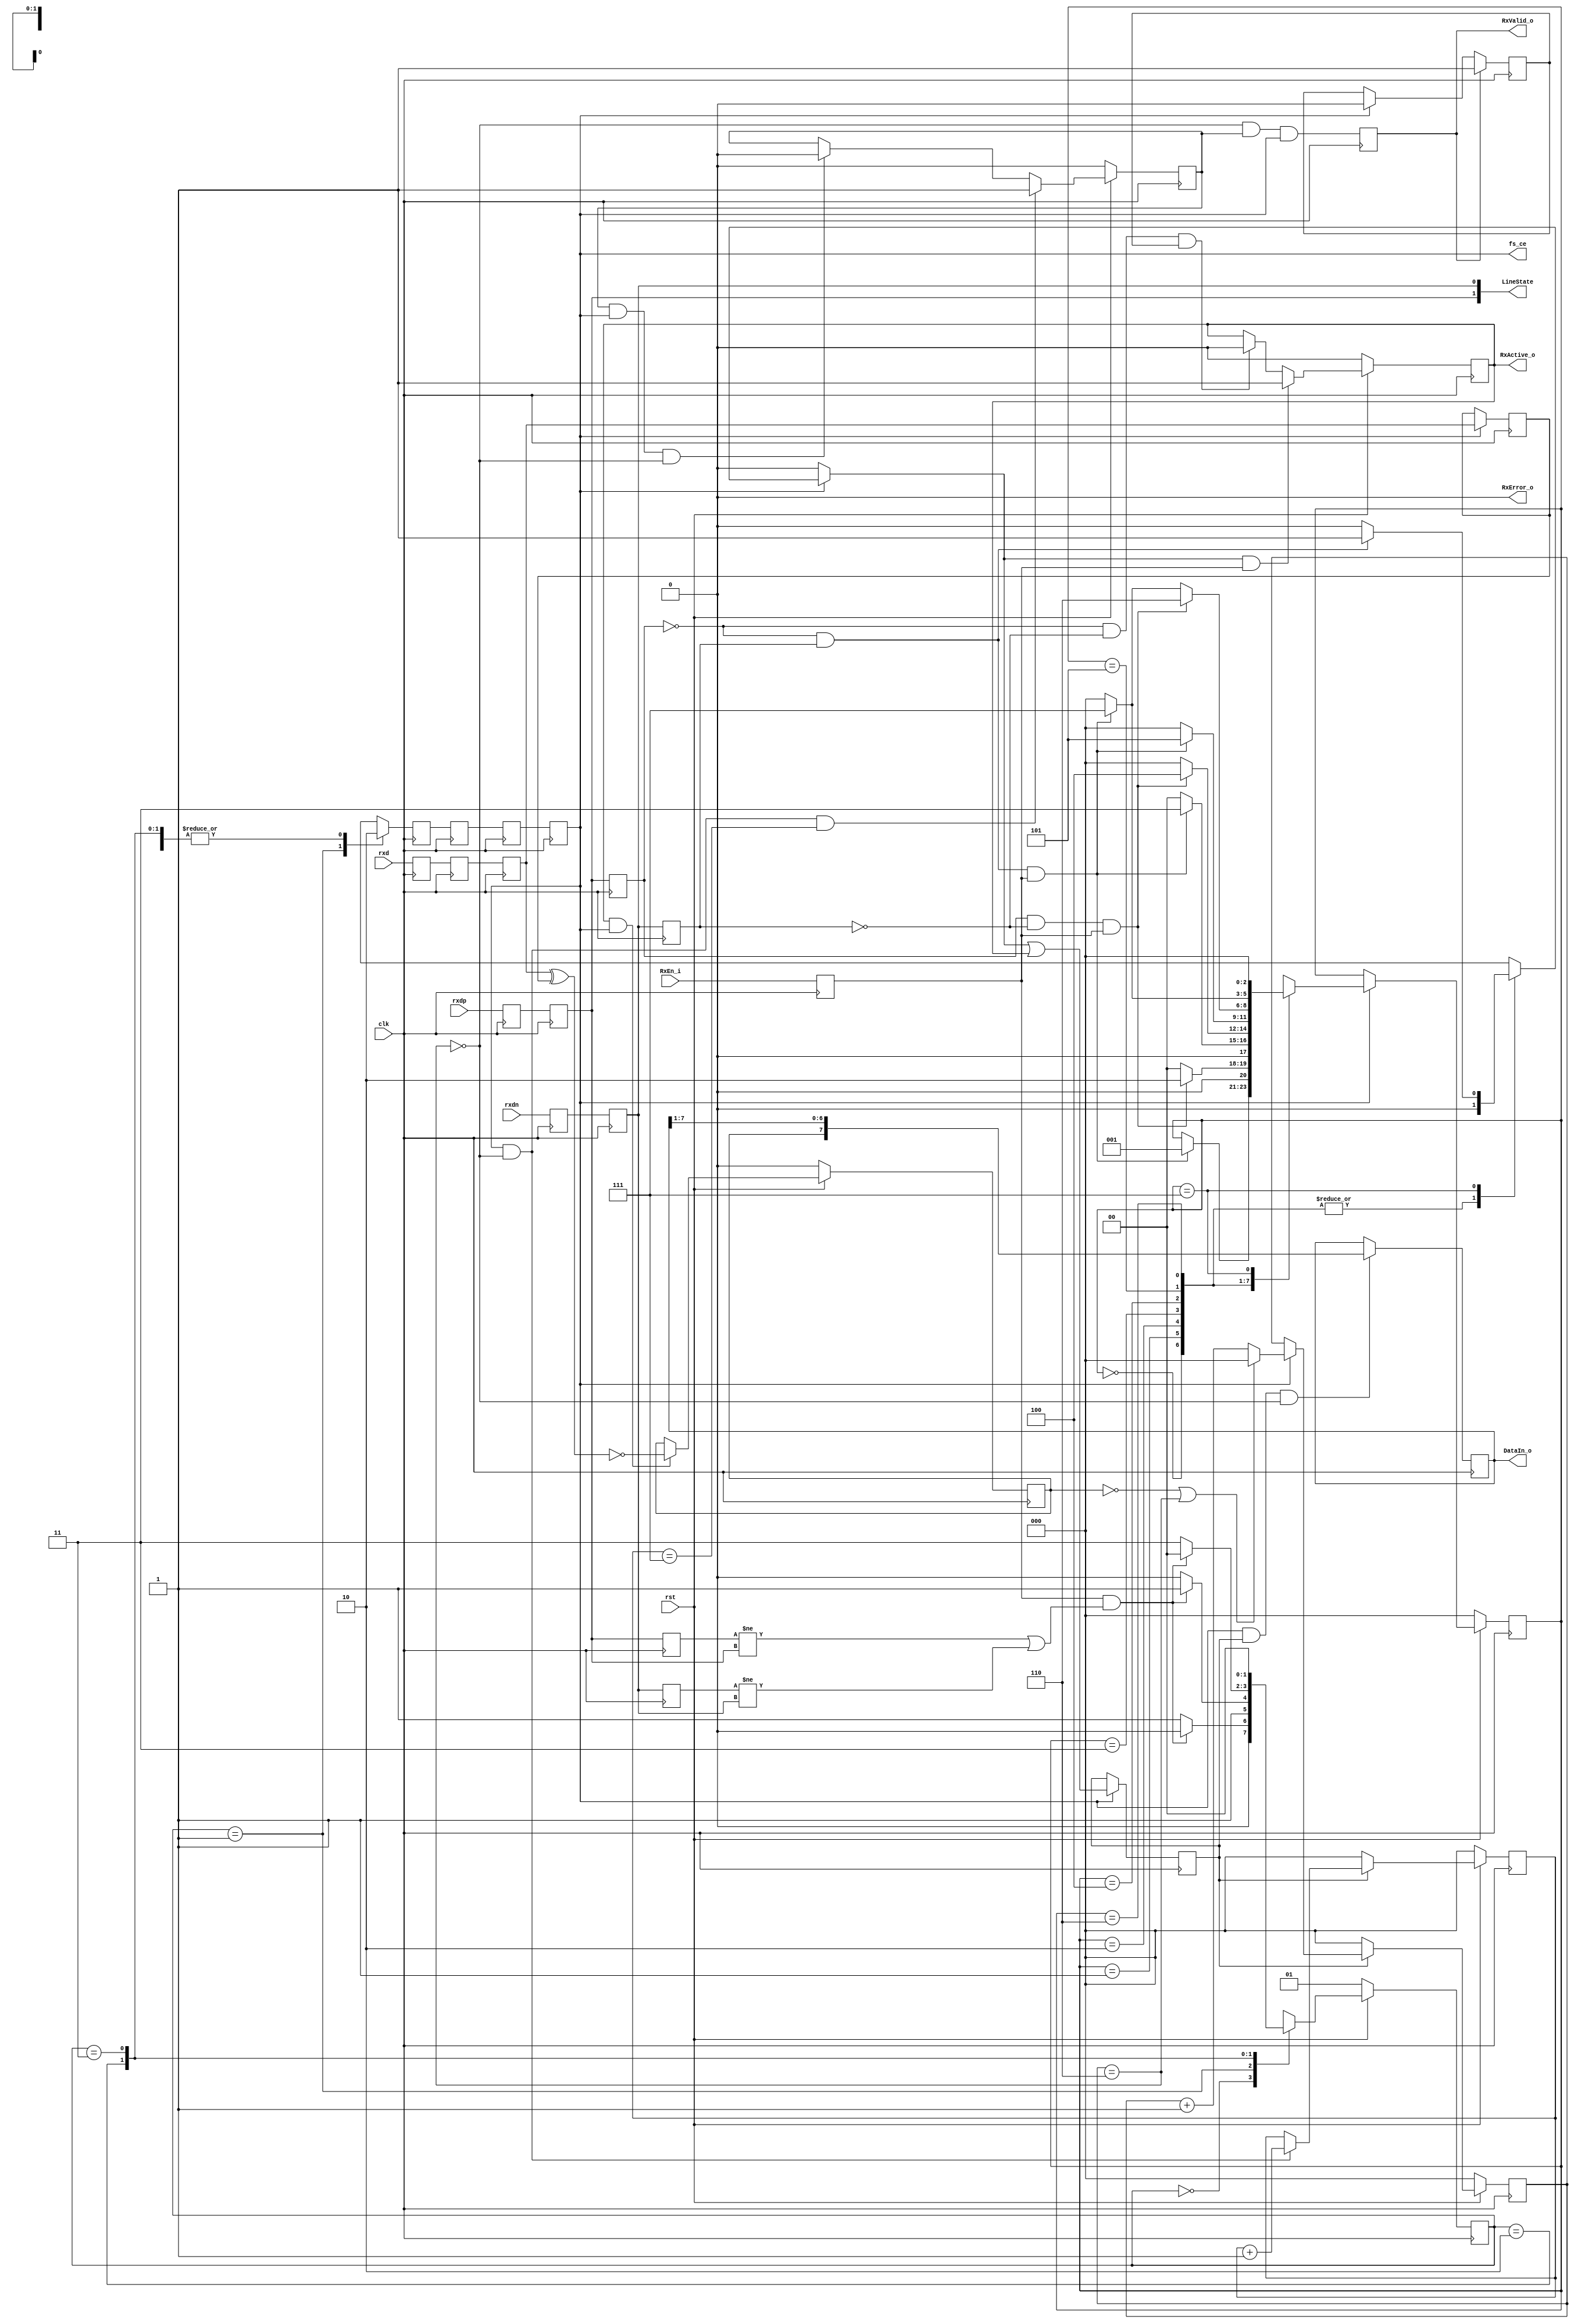
module usb_rx_phy(	clk, rst, fs_ce,
	
			// Transciever Interface
			rxd, rxdp, rxdn,

			// UTMI Interface
			RxValid_o, RxActive_o, RxError_o, DataIn_o,
			RxEn_i, LineState);

input		clk;
input		rst;
output		fs_ce;
input		rxd, rxdp, rxdn;
output	[7:0]	DataIn_o;
output		RxValid_o;
output		RxActive_o;
output		RxError_o;
input		RxEn_i;
output	[1:0]	LineState;

///////////////////////////////////////////////////////////////////
//
// Local Wires and Registers
//

reg		rxd_t1,  rxd_s1,  rxd_s;
reg		rxdp_t1, rxdp_s1, rxdp_s;
reg		rxdn_t1, rxdn_s1, rxdn_s;
reg		synced_d;
wire		k, j, se0;
reg		rx_en;
reg		rx_active;
reg	[2:0]	bit_cnt;
reg		rx_valid1, rx_valid;
reg		shift_en;
reg		sd_r;
reg		sd_nrzi;
reg	[7:0]	hold_reg;
wire		drop_bit;	// Indicates a stuffed bit
reg	[2:0]	one_cnt;

reg	[1:0]	dpll_state, dpll_next_state;
reg		fs_ce_d, fs_ce;
wire		change;
reg		rxdp_s1r, rxdn_s1r;
wire		lock_en;
reg		fs_ce_r1, fs_ce_r2, fs_ce_r3;
reg	[2:0]	fs_state, fs_next_state;
reg		rx_valid_r;

///////////////////////////////////////////////////////////////////
//
// Misc Logic
//

assign RxActive_o = rx_active;
assign RxValid_o = rx_valid;
assign RxError_o = 0;
assign DataIn_o = hold_reg;
assign LineState = {rxdp_s1, rxdn_s1};

always @(posedge clk)
	rx_en <= #1 RxEn_i;

///////////////////////////////////////////////////////////////////
//
// Synchronize Inputs
//

// First synchronize to the local system clock to
// avoid metastability outside the sync block (*_s1)
// Second synchronise to the internal bit clock (*_s)
always @(posedge clk)
	rxd_t1 <= #1 rxd;

always @(posedge clk)
	rxd_s1 <= #1 rxd_t1;

always @(posedge clk)
	rxd_s <= #1 rxd_s1;

always @(posedge clk)
	rxdp_t1 <= #1 rxdp;

always @(posedge clk)
	rxdp_s1 <= #1 rxdp_t1;

always @(posedge clk)
	rxdp_s <= #1 rxdp_s1;

always @(posedge clk)
	rxdn_t1 <= #1 rxdn;

always @(posedge clk)
	rxdn_s1 <= #1 rxdn_t1;

always @(posedge clk)
	rxdn_s <= #1 rxdn_s1;

assign k = !rxdp_s &  rxdn_s;
assign j =  rxdp_s & !rxdn_s;
assign se0 = !rxdp_s & !rxdn_s;

///////////////////////////////////////////////////////////////////
//
// DPLL
//

// This design uses a clock enable to do 12Mhz timing and not a
// real 12Mhz clock. Everything always runs at 48Mhz. We want to
// make sure however, that the clock enable is always exactly in
// the middle between two virtual 12Mhz rising edges.
// We monitor rxdp and rxdn for any changes and do the appropiate
// adjustments.
// In addition to the locking done in the dpll FSM, we adjust the
// final latch enable to compensate for various sync registers ...

// Allow lockinf only when we are receiving
assign	lock_en = rx_en;

// Edge detector
always @(posedge clk)
	rxdp_s1r <= #1 rxdp_s1;

always @(posedge clk)
	rxdn_s1r <= #1 rxdn_s1;

assign change = (rxdp_s1r != rxdp_s1) | (rxdn_s1r != rxdn_s1);

// DPLL FSM
`ifdef USB_ASYNC_REST
always @(posedge clk or negedge rst)
`else
always @(posedge clk)
`endif
	if(!rst)	dpll_state <= #1 2'h1;
	else		dpll_state <= #1 dpll_next_state;

always @(dpll_state or lock_en or change)
   begin
	fs_ce_d = 1'b0;
	case(dpll_state)	// synopsys full_case parallel_case
	   2'h0:
		if(lock_en & change)	dpll_next_state = 3'h0;
		else			dpll_next_state = 3'h1;
	   2'h1:begin
		fs_ce_d = 1'b1;
		//if(lock_en & change)	dpll_next_state = 3'h0;
		if(lock_en & change)	dpll_next_state = 3'h3;
		else			dpll_next_state = 3'h2;
		end
	   2'h2:
		if(lock_en & change)	dpll_next_state = 3'h0;
		else			dpll_next_state = 3'h3;
	   2'h3:
		if(lock_en & change)	dpll_next_state = 3'h0;
		else			dpll_next_state = 3'h0;
	endcase
   end

// Compensate for sync registers at the input - allign full speed
// clock enable to be in the middle between two bit changes ...
always @(posedge clk)
	fs_ce_r1 <= #1 fs_ce_d;

always @(posedge clk)
	fs_ce_r2 <= #1 fs_ce_r1;

always @(posedge clk)
	fs_ce_r3 <= #1 fs_ce_r2;

always @(posedge clk)
	fs_ce <= #1 fs_ce_r3;

///////////////////////////////////////////////////////////////////
//
// Find Sync Pattern FSM
//

parameter	FS_IDLE	= 3'h0,
		K1	= 3'h1,
		J1	= 3'h2,
		K2	= 3'h3,
		J2	= 3'h4,
		K3	= 3'h5,
		J3	= 3'h6,
		K4	= 3'h7;

`ifdef USB_ASYNC_REST
always @(posedge clk or negedge rst)
`else
always @(posedge clk)
`endif
	if(!rst)	fs_state <= #1 FS_IDLE;
	else		fs_state <= #1 fs_next_state;

always @(fs_state or fs_ce or k or j or rx_en)
   begin
	synced_d = 1'b0;
	fs_next_state = fs_state;
	if(fs_ce)
	   case(fs_state)	// synopsys full_case parallel_case
		FS_IDLE:
		     begin
			if(k & rx_en)	fs_next_state = K1;
		     end
		K1:
		     begin
			if(j & rx_en)	fs_next_state = J1;
			else		fs_next_state = FS_IDLE;
		     end
		J1:
		     begin
			if(k & rx_en)	fs_next_state = K2;
			else		fs_next_state = FS_IDLE;
		     end
		K2:
		     begin
			if(j & rx_en)	fs_next_state = J2;
			else		fs_next_state = FS_IDLE;
		     end
		J2:
		     begin
			if(k & rx_en)	fs_next_state = K3;
			else		fs_next_state = FS_IDLE;
		     end
		K3:
		     begin
			if(j & rx_en)	fs_next_state = J3;
			else
			if(k & rx_en)	fs_next_state = K4;	// Allow missing one J
			else		fs_next_state = FS_IDLE;
		     end
		J3:
		     begin
			if(k & rx_en)	fs_next_state = K4;
			else		fs_next_state = FS_IDLE;
		     end
		K4:
		     begin
			if(k)	synced_d = 1'b1;
			fs_next_state = FS_IDLE;
		     end
	   endcase
   end

///////////////////////////////////////////////////////////////////
//
// Generate RxActive
//

`ifdef USB_ASYNC_REST
always @(posedge clk or negedge rst)
`else
always @(posedge clk)
`endif
	if(!rst)		rx_active <= #1 1'b0;
	else
	if(synced_d & rx_en)	rx_active <= #1 1'b1;
	else
	if(se0 & rx_valid_r )	rx_active <= #1 1'b0;

always @(posedge clk)
	if(rx_valid)	rx_valid_r <= #1 1'b1;
	else
	if(fs_ce)	rx_valid_r <= #1 1'b0;

///////////////////////////////////////////////////////////////////
//
// NRZI Decoder
//

always @(posedge clk)
	if(fs_ce)	sd_r <= #1 rxd_s;

`ifdef USB_ASYNC_REST
always @(posedge clk or negedge rst)
`else
always @(posedge clk)
`endif
	if(!rst)		sd_nrzi <= #1 1'b0;
	else
	if(rx_active & fs_ce)	sd_nrzi <= #1 !(rxd_s ^ sd_r);

///////////////////////////////////////////////////////////////////
//
// Bit Stuff Detect
//

`ifdef USB_ASYNC_REST
always @(posedge clk or negedge rst)
`else
always @(posedge clk)
`endif
	if(!rst)	one_cnt <= #1 3'h0;
	else
	if(!shift_en)	one_cnt <= #1 3'h0;
	else
	if(fs_ce)
	   begin
		if(!sd_nrzi | drop_bit)	one_cnt <= #1 3'h0;
		else			one_cnt <= #1 one_cnt + 3'h1;
	   end

assign drop_bit = (one_cnt==3'h6);

///////////////////////////////////////////////////////////////////
//
// Serial => Parallel converter
//

always @(posedge clk)
	if(fs_ce)	shift_en <= #1 synced_d | rx_active;

always @(posedge clk)
	if(fs_ce & shift_en & !drop_bit)
		hold_reg <= #1 {sd_nrzi, hold_reg[7:1]};

///////////////////////////////////////////////////////////////////
//
// Generate RxValid
//

`ifdef USB_ASYNC_REST
always @(posedge clk or negedge rst)
`else
always @(posedge clk)
`endif
	if(!rst)		bit_cnt <= #1 3'b0;
	else
	if(!shift_en)		bit_cnt <= #1 3'h0;
	else
	if(fs_ce & !drop_bit)	bit_cnt <= #1 bit_cnt + 3'h1;

`ifdef USB_ASYNC_REST
always @(posedge clk or negedge rst)
`else
always @(posedge clk)
`endif
	if(!rst)				rx_valid1 <= #1 1'b0;
	else
	if(fs_ce & !drop_bit & (bit_cnt==3'h7))	rx_valid1 <= #1 1'b1;
	else
	if(rx_valid1 & fs_ce & !drop_bit)	rx_valid1 <= #1 1'b0;

always @(posedge clk)
	rx_valid <= #1 !drop_bit & rx_valid1 & fs_ce;

endmodule